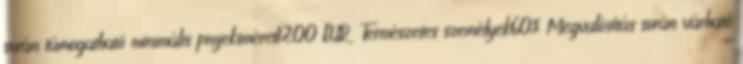
során támogatható minimális projektméret1200 EUR ▪Természetes személyek60%▪Megvalósítás során várható